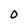
Character: O